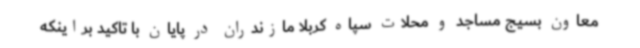
معاون بسیج مساجد و محلات سپاه کربلا مازندران در پایان با تاکید براینکه